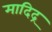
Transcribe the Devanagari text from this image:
मादिद्र